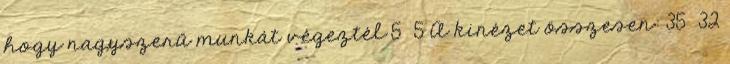
hogy nagyszerű munkát végeztél 5 5 A kinézet összesen: 35 32